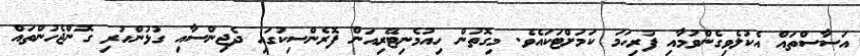
އަސާސްތައް އެކުލެވިގެންވުމާއި ފުރިހަމަ ކަމަށްޓަކައެވެ. މިގޮތުން ހިއުމެނިޓޭރިއަން ފޮރެންސިކުގައި ދެޖިންސާއި ގުޅުންހުރި ގޮންޖެހުންތައް